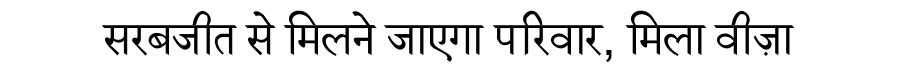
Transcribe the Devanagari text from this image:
सरबजीत से मिलने जाएगा परिवार, मिला वीज़ा